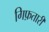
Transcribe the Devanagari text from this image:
गिफ़तारी